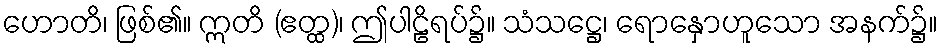
ဟောတိ၊ ဖြစ်၏။ ဣတိ (ဧတ္ထ)၊ ဤပါဠိရပ်၌။ သံသဋ္ဌေ၊ ရောနှောဟူသော အနက်၌။